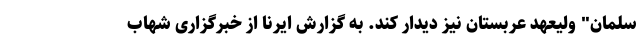
سلمان" ولیعهد عربستان نیز دیدار کند. به گزارش ایرنا از خبرگزاری شهاب